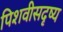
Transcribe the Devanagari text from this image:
पिशवीसदृष्य